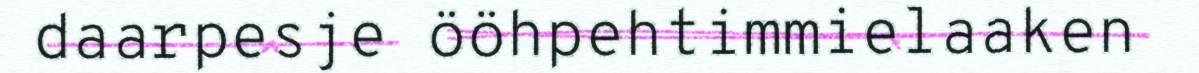
daarpesje ööhpehtimmielaaken